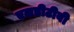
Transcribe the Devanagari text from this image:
एलडीटीवी